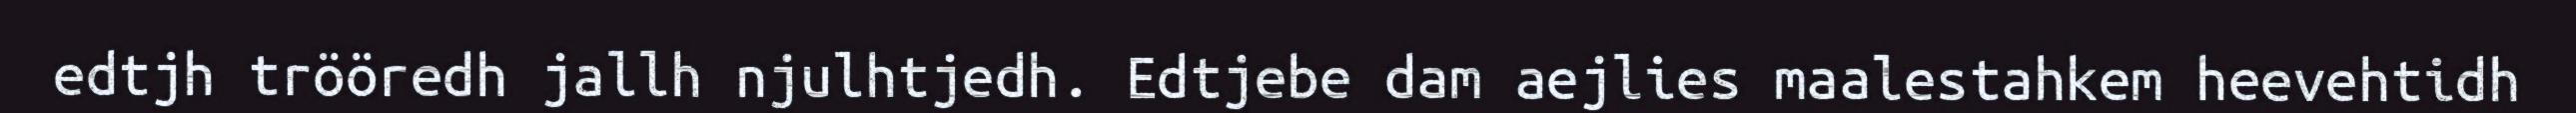
edtjh trööredh jallh njulhtjedh. Edtjebe dam aejlies maalestahkem heevehtidh